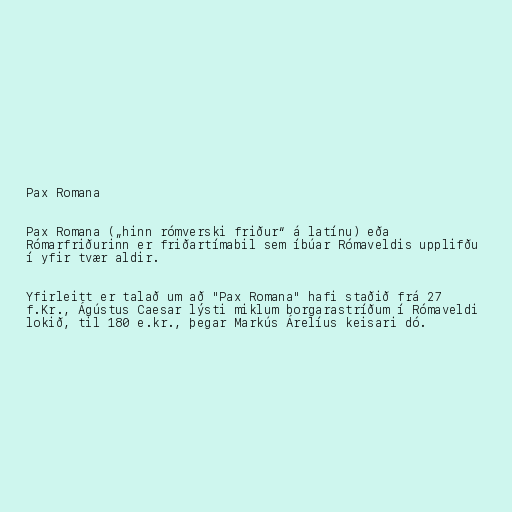
Pax Romana

Pax Romana („hinn rómverski friður“ á latínu) eða
Rómarfriðurinn er friðartímabil sem íbúar Rómaveldis upplifðu
í yfir tvær aldir.

Yfirleitt er talað um að "Pax Romana" hafi staðið frá 27
f.Kr., Ágústus Caesar lýsti miklum borgarastríðum í Rómaveldi
lokið, til 180 e.kr., þegar Markús Árelíus keisari dó.